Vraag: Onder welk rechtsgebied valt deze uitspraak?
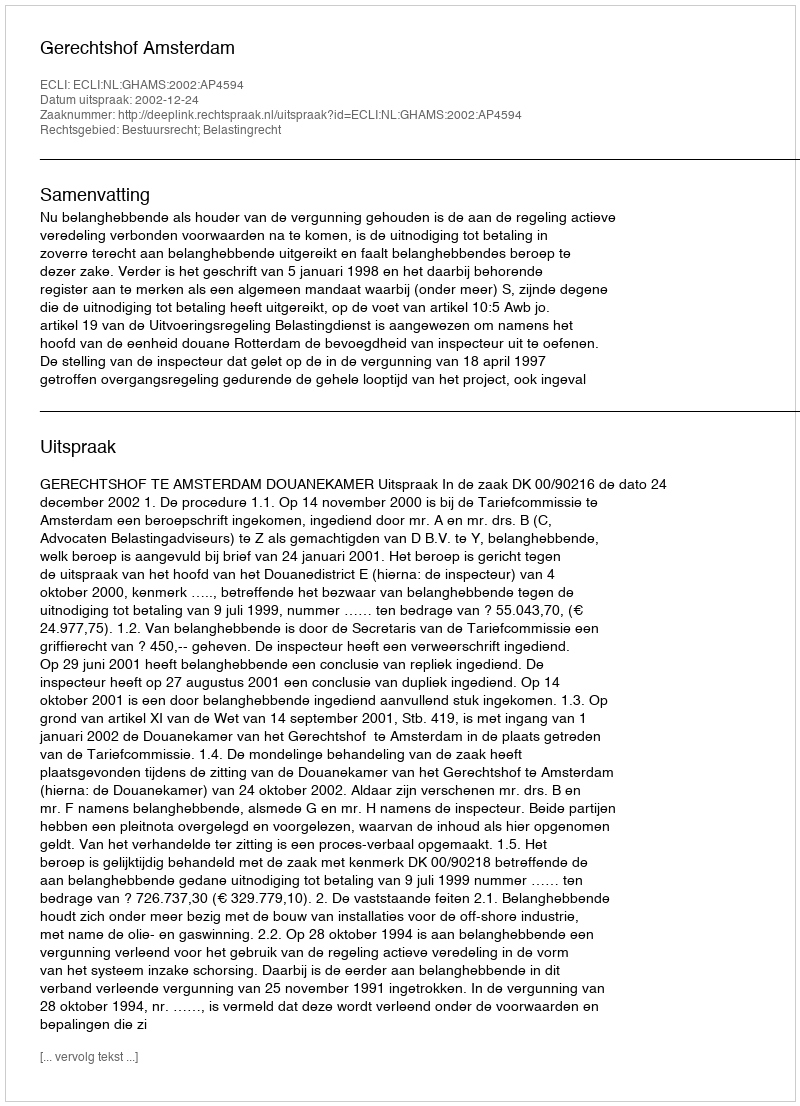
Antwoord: Bestuursrecht; Belastingrecht